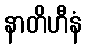
နာတိဟီနံ